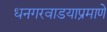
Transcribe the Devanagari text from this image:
धनगरवाडयाप्रमाणे